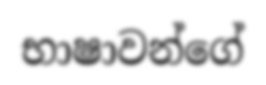
භාෂාවන්ගේ